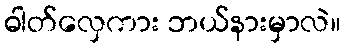
ဓါတ်လှေကား ဘယ်နားမှာလဲ။